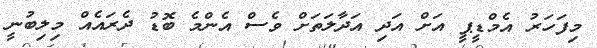
މިފަހަރު އެމްޑީޕީ އަށް އަދި އަދާލަތަށް ވެސް އެންމެ ބޮޑު ދެރައެއް މިލިބުނީ